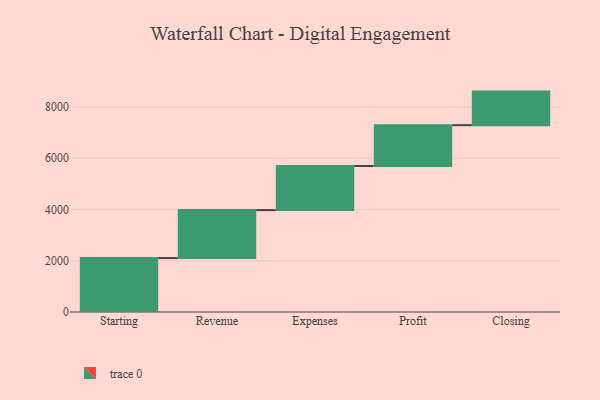
{"axis": {"x": "Step", "y": "Value"}, "legend": [""], "data": [{"x": "Starting", "y": 2106.0, "type": ""}, {"x": "Revenue", "y": 1871.0, "type": ""}, {"x": "Expenses", "y": 1722.0, "type": ""}, {"x": "Profit", "y": 1594.0, "type": ""}, {"x": "Closing", "y": 1310.0, "type": ""}]}